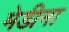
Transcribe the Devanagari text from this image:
मेडीना